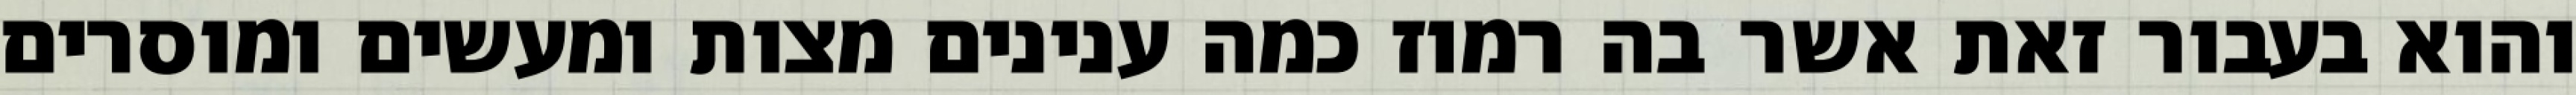
והוא בעבור זאת אשר בה רמוז כמה ענינים מצות ומעשים ומוסרים